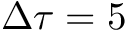
\Delta \tau = 5